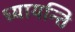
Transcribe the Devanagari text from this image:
ध्यायन्ति